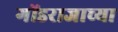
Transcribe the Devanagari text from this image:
गोंडराजाच्या